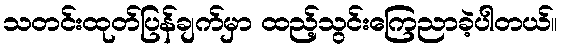
သတင်းထုတ်ပြန်ချက်မှာ ထည့်သွင်းကြေညာခဲ့ပါတယ်။